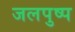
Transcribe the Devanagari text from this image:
जलपुष्प